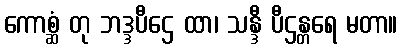
ကောစ္ဆံ တု ဘဒ္ဒပီဌေ ထာ၊ သန္ဒီ ပီဌန္တရေ မတာ။